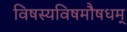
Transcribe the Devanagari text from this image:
विषस्यविषमौषधम्‌